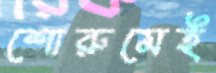
শোরুমেই